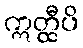
ဣတ္ထီပိ